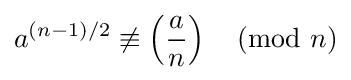
a^{(n-1)/2}\not \equiv \left({\frac {a}{n}}\right){\pmod {n}}